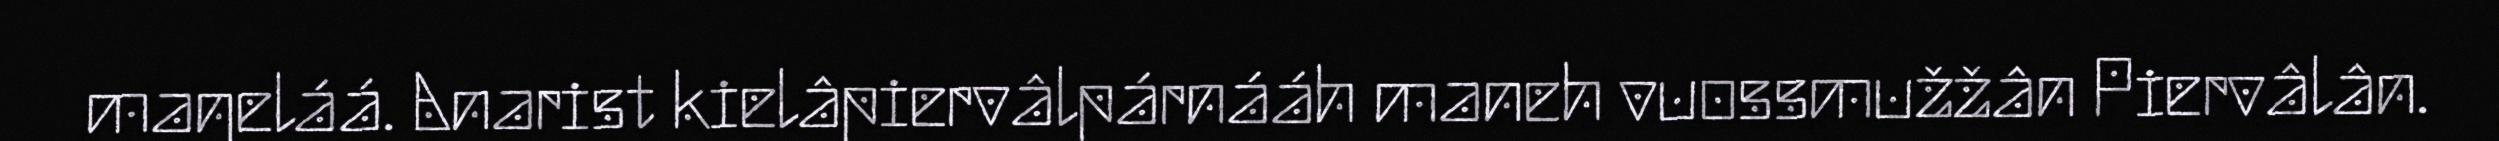
maŋeláá. Anarist kielâpiervâlpárnááh maneh vuossmužžân Piervâlân.